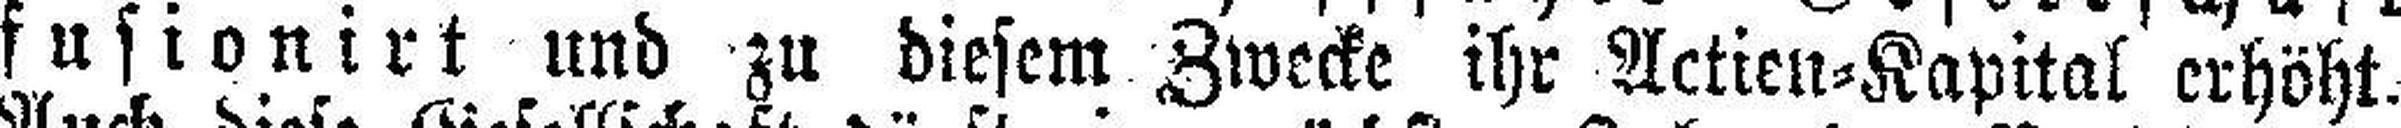
fusionirt und zu diesem Zwecke ihr Actien=Kapital erhöht.